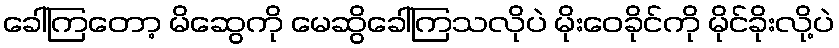
ခေါ်ကြတော့ မိဆွေကို မေဆွိခေါ်ကြသလိုပဲ မိုးဝေခိုင်ကို မိုင်ခိုးလို့ပဲ